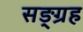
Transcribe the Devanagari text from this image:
सङ्ग्रह